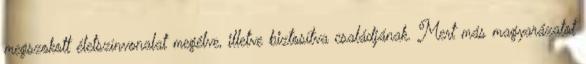
megszokott életszínvonalat megélve, illetve biztosítva családjának. Mert más magyarázatot